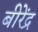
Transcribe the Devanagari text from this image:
बीरेंद्र